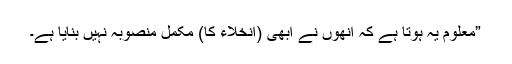
”معلوم یہ ہوتا ہے کہ اُنھوں نے ابھی (انخلاء کا) مکمل منصوبہ نہیں بنایا ہے۔